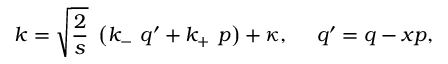
k = \sqrt { \frac { 2 } { s } } \ \left( k _ { - } \ q ^ { \prime } + k _ { + } \ p \right) + \kappa , \ \ \ \ q ^ { \prime } = q - x p ,